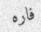
فاره